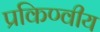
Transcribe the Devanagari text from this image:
प्रकिण्वीय